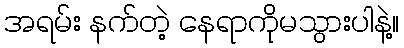
အရမ်း နက်တဲ့ နေရာကိုမသွားပါနဲ့။